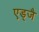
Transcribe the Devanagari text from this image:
एड्जै